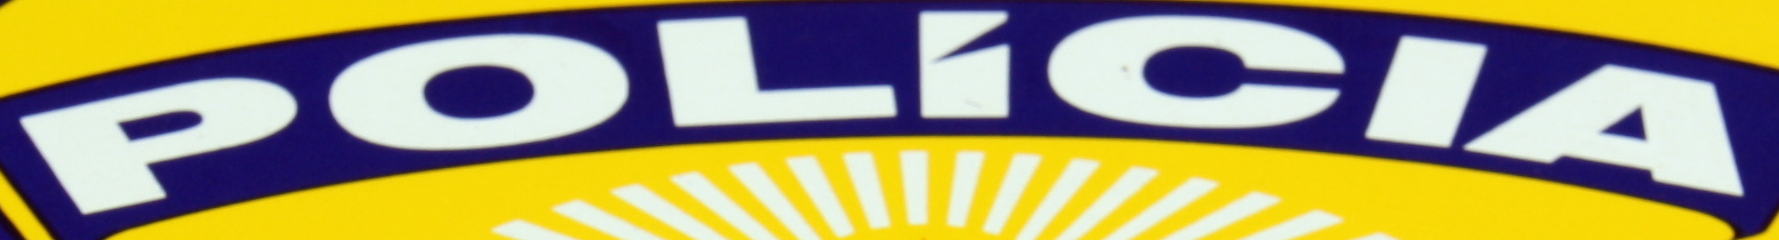
POLICIA